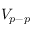
V _ { p - p }